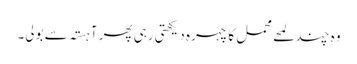
وہ چند لمحے محمل کا چہرہ دیکھتی رہی پھر آہستہ سے بولی۔